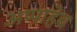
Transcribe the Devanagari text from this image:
अप्पाहेब